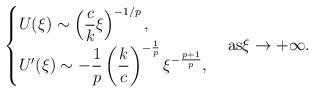
LaTeX: \begin{align*}\begin{cases}U(\xi) \sim \left(\dfrac{c}{k}\xi\right)^{-1/p},\\U'(\xi) \sim -\dfrac{1}{p}\left(\dfrac{k}{c}\right)^{-\frac{1}{p}}\xi^{-\frac{p+1}{p}},\end{cases}{\rm{as}} \xi\to +\infty.\end{align*}